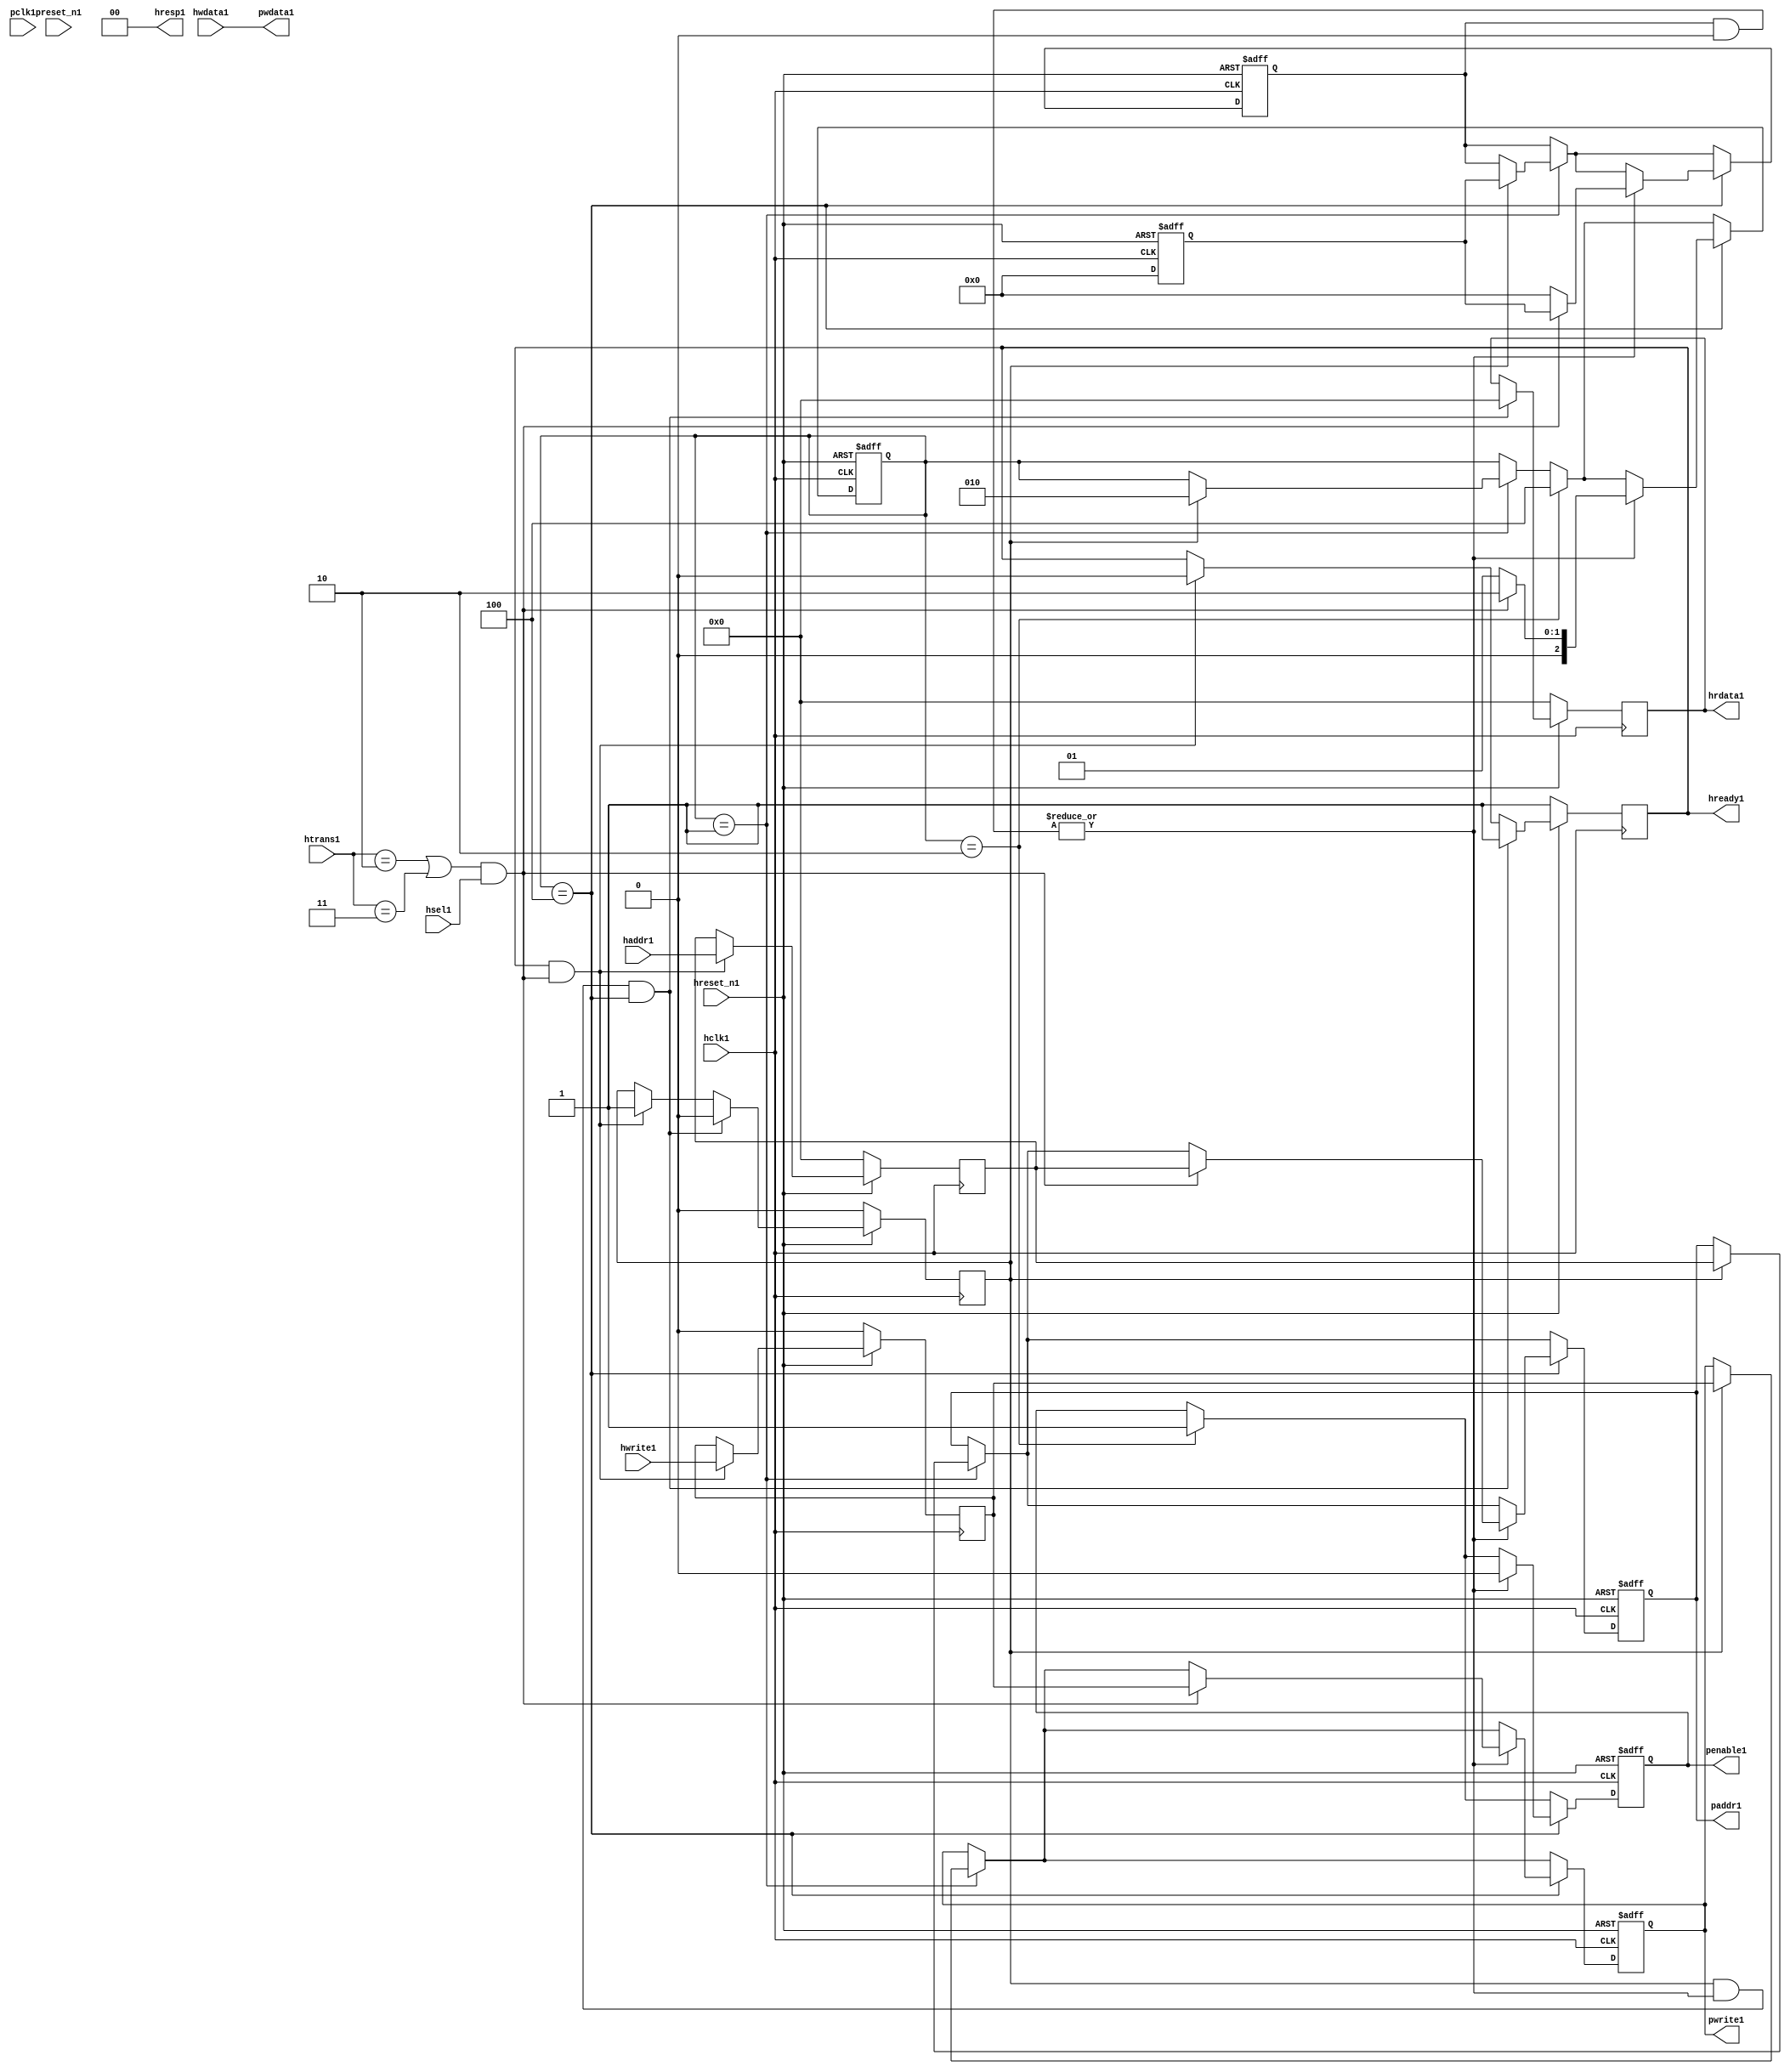
module ahb2apb1
(
  // AHB1 signals1
  hclk1,
  hreset_n1,
  hsel1,
  haddr1,
  htrans1,
  hwdata1,
  hwrite1,
  hrdata1,
  hready1,
  hresp1,
  
  // APB1 signals1 common to all APB1 slaves1
  pclk1,
  preset_n1,
  paddr1,
  penable1,
  pwrite1,
  pwdata1
  
  // Slave1 0 signals1
  `ifdef APB_SLAVE01
  ,psel01
  ,pready01
  ,prdata01
  `endif
  
  // Slave1 1 signals1
  `ifdef APB_SLAVE11
  ,psel11
  ,pready11
  ,prdata11
  `endif
  
  // Slave1 2 signals1
  `ifdef APB_SLAVE21
  ,psel21
  ,pready21
  ,prdata21
  `endif
  
  // Slave1 3 signals1
  `ifdef APB_SLAVE31
  ,psel31
  ,pready31
  ,prdata31
  `endif
  
  // Slave1 4 signals1
  `ifdef APB_SLAVE41
  ,psel41
  ,pready41
  ,prdata41
  `endif
  
  // Slave1 5 signals1
  `ifdef APB_SLAVE51
  ,psel51
  ,pready51
  ,prdata51
  `endif
  
  // Slave1 6 signals1
  `ifdef APB_SLAVE61
  ,psel61
  ,pready61
  ,prdata61
  `endif
  
  // Slave1 7 signals1
  `ifdef APB_SLAVE71
  ,psel71
  ,pready71
  ,prdata71
  `endif
  
  // Slave1 8 signals1
  `ifdef APB_SLAVE81
  ,psel81
  ,pready81
  ,prdata81
  `endif
  
  // Slave1 9 signals1
  `ifdef APB_SLAVE91
  ,psel91
  ,pready91
  ,prdata91
  `endif
  
  // Slave1 10 signals1
  `ifdef APB_SLAVE101
  ,psel101
  ,pready101
  ,prdata101
  `endif
  
  // Slave1 11 signals1
  `ifdef APB_SLAVE111
  ,psel111
  ,pready111
  ,prdata111
  `endif
  
  // Slave1 12 signals1
  `ifdef APB_SLAVE121
  ,psel121
  ,pready121
  ,prdata121
  `endif
  
  // Slave1 13 signals1
  `ifdef APB_SLAVE131
  ,psel131
  ,pready131
  ,prdata131
  `endif
  
  // Slave1 14 signals1
  `ifdef APB_SLAVE141
  ,psel141
  ,pready141
  ,prdata141
  `endif
  
  // Slave1 15 signals1
  `ifdef APB_SLAVE151
  ,psel151
  ,pready151
  ,prdata151
  `endif
  
);

parameter 
  APB_SLAVE0_START_ADDR1  = 32'h00000000,
  APB_SLAVE0_END_ADDR1    = 32'h00000000,
  APB_SLAVE1_START_ADDR1  = 32'h00000000,
  APB_SLAVE1_END_ADDR1    = 32'h00000000,
  APB_SLAVE2_START_ADDR1  = 32'h00000000,
  APB_SLAVE2_END_ADDR1    = 32'h00000000,
  APB_SLAVE3_START_ADDR1  = 32'h00000000,
  APB_SLAVE3_END_ADDR1    = 32'h00000000,
  APB_SLAVE4_START_ADDR1  = 32'h00000000,
  APB_SLAVE4_END_ADDR1    = 32'h00000000,
  APB_SLAVE5_START_ADDR1  = 32'h00000000,
  APB_SLAVE5_END_ADDR1    = 32'h00000000,
  APB_SLAVE6_START_ADDR1  = 32'h00000000,
  APB_SLAVE6_END_ADDR1    = 32'h00000000,
  APB_SLAVE7_START_ADDR1  = 32'h00000000,
  APB_SLAVE7_END_ADDR1    = 32'h00000000,
  APB_SLAVE8_START_ADDR1  = 32'h00000000,
  APB_SLAVE8_END_ADDR1    = 32'h00000000,
  APB_SLAVE9_START_ADDR1  = 32'h00000000,
  APB_SLAVE9_END_ADDR1    = 32'h00000000,
  APB_SLAVE10_START_ADDR1  = 32'h00000000,
  APB_SLAVE10_END_ADDR1    = 32'h00000000,
  APB_SLAVE11_START_ADDR1  = 32'h00000000,
  APB_SLAVE11_END_ADDR1    = 32'h00000000,
  APB_SLAVE12_START_ADDR1  = 32'h00000000,
  APB_SLAVE12_END_ADDR1    = 32'h00000000,
  APB_SLAVE13_START_ADDR1  = 32'h00000000,
  APB_SLAVE13_END_ADDR1    = 32'h00000000,
  APB_SLAVE14_START_ADDR1  = 32'h00000000,
  APB_SLAVE14_END_ADDR1    = 32'h00000000,
  APB_SLAVE15_START_ADDR1  = 32'h00000000,
  APB_SLAVE15_END_ADDR1    = 32'h00000000;

  // AHB1 signals1
input        hclk1;
input        hreset_n1;
input        hsel1;
input[31:0]  haddr1;
input[1:0]   htrans1;
input[31:0]  hwdata1;
input        hwrite1;
output[31:0] hrdata1;
reg   [31:0] hrdata1;
output       hready1;
output[1:0]  hresp1;
  
  // APB1 signals1 common to all APB1 slaves1
input       pclk1;
input       preset_n1;
output[31:0] paddr1;
reg   [31:0] paddr1;
output       penable1;
reg          penable1;
output       pwrite1;
reg          pwrite1;
output[31:0] pwdata1;
  
  // Slave1 0 signals1
`ifdef APB_SLAVE01
  output      psel01;
  input       pready01;
  input[31:0] prdata01;
`endif
  
  // Slave1 1 signals1
`ifdef APB_SLAVE11
  output      psel11;
  input       pready11;
  input[31:0] prdata11;
`endif
  
  // Slave1 2 signals1
`ifdef APB_SLAVE21
  output      psel21;
  input       pready21;
  input[31:0] prdata21;
`endif
  
  // Slave1 3 signals1
`ifdef APB_SLAVE31
  output      psel31;
  input       pready31;
  input[31:0] prdata31;
`endif
  
  // Slave1 4 signals1
`ifdef APB_SLAVE41
  output      psel41;
  input       pready41;
  input[31:0] prdata41;
`endif
  
  // Slave1 5 signals1
`ifdef APB_SLAVE51
  output      psel51;
  input       pready51;
  input[31:0] prdata51;
`endif
  
  // Slave1 6 signals1
`ifdef APB_SLAVE61
  output      psel61;
  input       pready61;
  input[31:0] prdata61;
`endif
  
  // Slave1 7 signals1
`ifdef APB_SLAVE71
  output      psel71;
  input       pready71;
  input[31:0] prdata71;
`endif
  
  // Slave1 8 signals1
`ifdef APB_SLAVE81
  output      psel81;
  input       pready81;
  input[31:0] prdata81;
`endif
  
  // Slave1 9 signals1
`ifdef APB_SLAVE91
  output      psel91;
  input       pready91;
  input[31:0] prdata91;
`endif
  
  // Slave1 10 signals1
`ifdef APB_SLAVE101
  output      psel101;
  input       pready101;
  input[31:0] prdata101;
`endif
  
  // Slave1 11 signals1
`ifdef APB_SLAVE111
  output      psel111;
  input       pready111;
  input[31:0] prdata111;
`endif
  
  // Slave1 12 signals1
`ifdef APB_SLAVE121
  output      psel121;
  input       pready121;
  input[31:0] prdata121;
`endif
  
  // Slave1 13 signals1
`ifdef APB_SLAVE131
  output      psel131;
  input       pready131;
  input[31:0] prdata131;
`endif
  
  // Slave1 14 signals1
`ifdef APB_SLAVE141
  output      psel141;
  input       pready141;
  input[31:0] prdata141;
`endif
  
  // Slave1 15 signals1
`ifdef APB_SLAVE151
  output      psel151;
  input       pready151;
  input[31:0] prdata151;
`endif
 
reg         ahb_addr_phase1;
reg         ahb_data_phase1;
wire        valid_ahb_trans1;
wire        pready_muxed1;
wire [31:0] prdata_muxed1;
reg  [31:0] haddr_reg1;
reg         hwrite_reg1;
reg  [2:0]  apb_state1;
wire [2:0]  apb_state_idle1;
wire [2:0]  apb_state_setup1;
wire [2:0]  apb_state_access1;
reg  [15:0] slave_select1;
wire [15:0] pready_vector1;
reg  [15:0] psel_vector1;
wire [31:0] prdata0_q1;
wire [31:0] prdata1_q1;
wire [31:0] prdata2_q1;
wire [31:0] prdata3_q1;
wire [31:0] prdata4_q1;
wire [31:0] prdata5_q1;
wire [31:0] prdata6_q1;
wire [31:0] prdata7_q1;
wire [31:0] prdata8_q1;
wire [31:0] prdata9_q1;
wire [31:0] prdata10_q1;
wire [31:0] prdata11_q1;
wire [31:0] prdata12_q1;
wire [31:0] prdata13_q1;
wire [31:0] prdata14_q1;
wire [31:0] prdata15_q1;

// assign pclk1     = hclk1;
// assign preset_n1 = hreset_n1;
assign hready1   = ahb_addr_phase1;
assign pwdata1   = hwdata1;
assign hresp1  = 2'b00;

// Respond1 to NONSEQ1 or SEQ transfers1
assign valid_ahb_trans1 = ((htrans1 == 2'b10) || (htrans1 == 2'b11)) && (hsel1 == 1'b1);

always @(posedge hclk1) begin
  if (hreset_n1 == 1'b0) begin
    ahb_addr_phase1 <= 1'b1;
    ahb_data_phase1 <= 1'b0;
    haddr_reg1      <= 'b0;
    hwrite_reg1     <= 1'b0;
    hrdata1         <= 'b0;
  end
  else begin
    if (ahb_addr_phase1 == 1'b1 && valid_ahb_trans1 == 1'b1) begin
      ahb_addr_phase1 <= 1'b0;
      ahb_data_phase1 <= 1'b1;
      haddr_reg1      <= haddr1;
      hwrite_reg1     <= hwrite1;
    end
    if (ahb_data_phase1 == 1'b1 && pready_muxed1 == 1'b1 && apb_state1 == apb_state_access1) begin
      ahb_addr_phase1 <= 1'b1;
      ahb_data_phase1 <= 1'b0;
      hrdata1         <= prdata_muxed1;
    end
  end
end

// APB1 state machine1 state definitions1
assign apb_state_idle1   = 3'b001;
assign apb_state_setup1  = 3'b010;
assign apb_state_access1 = 3'b100;

// APB1 state machine1
always @(posedge hclk1 or negedge hreset_n1) begin
  if (hreset_n1 == 1'b0) begin
    apb_state1   <= apb_state_idle1;
    psel_vector1 <= 1'b0;
    penable1     <= 1'b0;
    paddr1       <= 1'b0;
    pwrite1      <= 1'b0;
  end  
  else begin
    
    // IDLE1 -> SETUP1
    if (apb_state1 == apb_state_idle1) begin
      if (ahb_data_phase1 == 1'b1) begin
        apb_state1   <= apb_state_setup1;
        psel_vector1 <= slave_select1;
        paddr1       <= haddr_reg1;
        pwrite1      <= hwrite_reg1;
      end  
    end
    
    // SETUP1 -> TRANSFER1
    if (apb_state1 == apb_state_setup1) begin
      apb_state1 <= apb_state_access1;
      penable1   <= 1'b1;
    end
    
    // TRANSFER1 -> SETUP1 or
    // TRANSFER1 -> IDLE1
    if (apb_state1 == apb_state_access1) begin
      if (pready_muxed1 == 1'b1) begin
      
        // TRANSFER1 -> SETUP1
        if (valid_ahb_trans1 == 1'b1) begin
          apb_state1   <= apb_state_setup1;
          penable1     <= 1'b0;
          psel_vector1 <= slave_select1;
          paddr1       <= haddr_reg1;
          pwrite1      <= hwrite_reg1;
        end  
        
        // TRANSFER1 -> IDLE1
        else begin
          apb_state1   <= apb_state_idle1;      
          penable1     <= 1'b0;
          psel_vector1 <= 'b0;
        end  
      end
    end
    
  end
end

always @(posedge hclk1 or negedge hreset_n1) begin
  if (hreset_n1 == 1'b0)
    slave_select1 <= 'b0;
  else begin  
  `ifdef APB_SLAVE01
     slave_select1[0]   <= valid_ahb_trans1 && (haddr1 >= APB_SLAVE0_START_ADDR1)  && (haddr1 <= APB_SLAVE0_END_ADDR1);
   `else
     slave_select1[0]   <= 1'b0;
   `endif
   
   `ifdef APB_SLAVE11
     slave_select1[1]   <= valid_ahb_trans1 && (haddr1 >= APB_SLAVE1_START_ADDR1)  && (haddr1 <= APB_SLAVE1_END_ADDR1);
   `else
     slave_select1[1]   <= 1'b0;
   `endif  
     
   `ifdef APB_SLAVE21  
     slave_select1[2]   <= valid_ahb_trans1 && (haddr1 >= APB_SLAVE2_START_ADDR1)  && (haddr1 <= APB_SLAVE2_END_ADDR1);
   `else
     slave_select1[2]   <= 1'b0;
   `endif  
     
   `ifdef APB_SLAVE31  
     slave_select1[3]   <= valid_ahb_trans1 && (haddr1 >= APB_SLAVE3_START_ADDR1)  && (haddr1 <= APB_SLAVE3_END_ADDR1);
   `else
     slave_select1[3]   <= 1'b0;
   `endif  
     
   `ifdef APB_SLAVE41  
     slave_select1[4]   <= valid_ahb_trans1 && (haddr1 >= APB_SLAVE4_START_ADDR1)  && (haddr1 <= APB_SLAVE4_END_ADDR1);
   `else
     slave_select1[4]   <= 1'b0;
   `endif  
     
   `ifdef APB_SLAVE51  
     slave_select1[5]   <= valid_ahb_trans1 && (haddr1 >= APB_SLAVE5_START_ADDR1)  && (haddr1 <= APB_SLAVE5_END_ADDR1);
   `else
     slave_select1[5]   <= 1'b0;
   `endif  
     
   `ifdef APB_SLAVE61  
     slave_select1[6]   <= valid_ahb_trans1 && (haddr1 >= APB_SLAVE6_START_ADDR1)  && (haddr1 <= APB_SLAVE6_END_ADDR1);
   `else
     slave_select1[6]   <= 1'b0;
   `endif  
     
   `ifdef APB_SLAVE71  
     slave_select1[7]   <= valid_ahb_trans1 && (haddr1 >= APB_SLAVE7_START_ADDR1)  && (haddr1 <= APB_SLAVE7_END_ADDR1);
   `else
     slave_select1[7]   <= 1'b0;
   `endif  
     
   `ifdef APB_SLAVE81  
     slave_select1[8]   <= valid_ahb_trans1 && (haddr1 >= APB_SLAVE8_START_ADDR1)  && (haddr1 <= APB_SLAVE8_END_ADDR1);
   `else
     slave_select1[8]   <= 1'b0;
   `endif  
     
   `ifdef APB_SLAVE91  
     slave_select1[9]   <= valid_ahb_trans1 && (haddr1 >= APB_SLAVE9_START_ADDR1)  && (haddr1 <= APB_SLAVE9_END_ADDR1);
   `else
     slave_select1[9]   <= 1'b0;
   `endif  
     
   `ifdef APB_SLAVE101  
     slave_select1[10]  <= valid_ahb_trans1 && (haddr1 >= APB_SLAVE10_START_ADDR1) && (haddr1 <= APB_SLAVE10_END_ADDR1);
   `else
     slave_select1[10]   <= 1'b0;
   `endif  
     
   `ifdef APB_SLAVE111  
     slave_select1[11]  <= valid_ahb_trans1 && (haddr1 >= APB_SLAVE11_START_ADDR1) && (haddr1 <= APB_SLAVE11_END_ADDR1);
   `else
     slave_select1[11]   <= 1'b0;
   `endif  
     
   `ifdef APB_SLAVE121  
     slave_select1[12]  <= valid_ahb_trans1 && (haddr1 >= APB_SLAVE12_START_ADDR1) && (haddr1 <= APB_SLAVE12_END_ADDR1);
   `else
     slave_select1[12]   <= 1'b0;
   `endif  
     
   `ifdef APB_SLAVE131  
     slave_select1[13]  <= valid_ahb_trans1 && (haddr1 >= APB_SLAVE13_START_ADDR1) && (haddr1 <= APB_SLAVE13_END_ADDR1);
   `else
     slave_select1[13]   <= 1'b0;
   `endif  
     
   `ifdef APB_SLAVE141  
     slave_select1[14]  <= valid_ahb_trans1 && (haddr1 >= APB_SLAVE14_START_ADDR1) && (haddr1 <= APB_SLAVE14_END_ADDR1);
   `else
     slave_select1[14]   <= 1'b0;
   `endif  
     
   `ifdef APB_SLAVE151  
     slave_select1[15]  <= valid_ahb_trans1 && (haddr1 >= APB_SLAVE15_START_ADDR1) && (haddr1 <= APB_SLAVE15_END_ADDR1);
   `else
     slave_select1[15]   <= 1'b0;
   `endif  
  end
end

assign pready_muxed1 = |(psel_vector1 & pready_vector1);
assign prdata_muxed1 = prdata0_q1  | prdata1_q1  | prdata2_q1  | prdata3_q1  |
                      prdata4_q1  | prdata5_q1  | prdata6_q1  | prdata7_q1  |
                      prdata8_q1  | prdata9_q1  | prdata10_q1 | prdata11_q1 |
                      prdata12_q1 | prdata13_q1 | prdata14_q1 | prdata15_q1 ;

`ifdef APB_SLAVE01
  assign psel01            = psel_vector1[0];
  assign pready_vector1[0] = pready01;
  assign prdata0_q1        = (psel01 == 1'b1) ? prdata01 : 'b0;
`else
  assign pready_vector1[0] = 1'b0;
  assign prdata0_q1        = 'b0;
`endif

`ifdef APB_SLAVE11
  assign psel11            = psel_vector1[1];
  assign pready_vector1[1] = pready11;
  assign prdata1_q1        = (psel11 == 1'b1) ? prdata11 : 'b0;
`else
  assign pready_vector1[1] = 1'b0;
  assign prdata1_q1        = 'b0;
`endif

`ifdef APB_SLAVE21
  assign psel21            = psel_vector1[2];
  assign pready_vector1[2] = pready21;
  assign prdata2_q1        = (psel21 == 1'b1) ? prdata21 : 'b0;
`else
  assign pready_vector1[2] = 1'b0;
  assign prdata2_q1        = 'b0;
`endif

`ifdef APB_SLAVE31
  assign psel31            = psel_vector1[3];
  assign pready_vector1[3] = pready31;
  assign prdata3_q1        = (psel31 == 1'b1) ? prdata31 : 'b0;
`else
  assign pready_vector1[3] = 1'b0;
  assign prdata3_q1        = 'b0;
`endif

`ifdef APB_SLAVE41
  assign psel41            = psel_vector1[4];
  assign pready_vector1[4] = pready41;
  assign prdata4_q1        = (psel41 == 1'b1) ? prdata41 : 'b0;
`else
  assign pready_vector1[4] = 1'b0;
  assign prdata4_q1        = 'b0;
`endif

`ifdef APB_SLAVE51
  assign psel51            = psel_vector1[5];
  assign pready_vector1[5] = pready51;
  assign prdata5_q1        = (psel51 == 1'b1) ? prdata51 : 'b0;
`else
  assign pready_vector1[5] = 1'b0;
  assign prdata5_q1        = 'b0;
`endif

`ifdef APB_SLAVE61
  assign psel61            = psel_vector1[6];
  assign pready_vector1[6] = pready61;
  assign prdata6_q1        = (psel61 == 1'b1) ? prdata61 : 'b0;
`else
  assign pready_vector1[6] = 1'b0;
  assign prdata6_q1        = 'b0;
`endif

`ifdef APB_SLAVE71
  assign psel71            = psel_vector1[7];
  assign pready_vector1[7] = pready71;
  assign prdata7_q1        = (psel71 == 1'b1) ? prdata71 : 'b0;
`else
  assign pready_vector1[7] = 1'b0;
  assign prdata7_q1        = 'b0;
`endif

`ifdef APB_SLAVE81
  assign psel81            = psel_vector1[8];
  assign pready_vector1[8] = pready81;
  assign prdata8_q1        = (psel81 == 1'b1) ? prdata81 : 'b0;
`else
  assign pready_vector1[8] = 1'b0;
  assign prdata8_q1        = 'b0;
`endif

`ifdef APB_SLAVE91
  assign psel91            = psel_vector1[9];
  assign pready_vector1[9] = pready91;
  assign prdata9_q1        = (psel91 == 1'b1) ? prdata91 : 'b0;
`else
  assign pready_vector1[9] = 1'b0;
  assign prdata9_q1        = 'b0;
`endif

`ifdef APB_SLAVE101
  assign psel101            = psel_vector1[10];
  assign pready_vector1[10] = pready101;
  assign prdata10_q1        = (psel101 == 1'b1) ? prdata101 : 'b0;
`else
  assign pready_vector1[10] = 1'b0;
  assign prdata10_q1        = 'b0;
`endif

`ifdef APB_SLAVE111
  assign psel111            = psel_vector1[11];
  assign pready_vector1[11] = pready111;
  assign prdata11_q1        = (psel111 == 1'b1) ? prdata111 : 'b0;
`else
  assign pready_vector1[11] = 1'b0;
  assign prdata11_q1        = 'b0;
`endif

`ifdef APB_SLAVE121
  assign psel121            = psel_vector1[12];
  assign pready_vector1[12] = pready121;
  assign prdata12_q1        = (psel121 == 1'b1) ? prdata121 : 'b0;
`else
  assign pready_vector1[12] = 1'b0;
  assign prdata12_q1        = 'b0;
`endif

`ifdef APB_SLAVE131
  assign psel131            = psel_vector1[13];
  assign pready_vector1[13] = pready131;
  assign prdata13_q1        = (psel131 == 1'b1) ? prdata131 : 'b0;
`else
  assign pready_vector1[13] = 1'b0;
  assign prdata13_q1        = 'b0;
`endif

`ifdef APB_SLAVE141
  assign psel141            = psel_vector1[14];
  assign pready_vector1[14] = pready141;
  assign prdata14_q1        = (psel141 == 1'b1) ? prdata141 : 'b0;
`else
  assign pready_vector1[14] = 1'b0;
  assign prdata14_q1        = 'b0;
`endif

`ifdef APB_SLAVE151
  assign psel151            = psel_vector1[15];
  assign pready_vector1[15] = pready151;
  assign prdata15_q1        = (psel151 == 1'b1) ? prdata151 : 'b0;
`else
  assign pready_vector1[15] = 1'b0;
  assign prdata15_q1        = 'b0;
`endif

endmodule